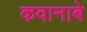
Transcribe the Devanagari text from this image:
कवानाबे